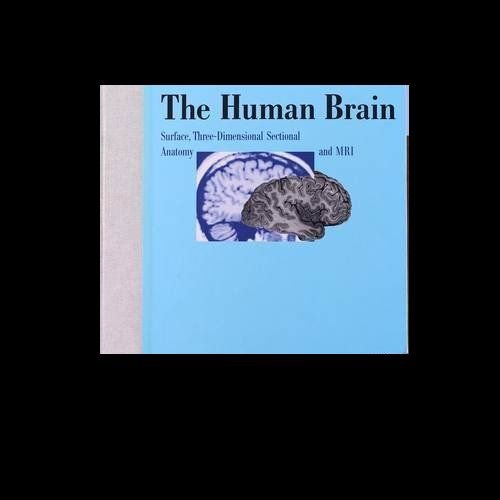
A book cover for The Human Brain: Surface, Three-Dimensional Sectional Anatomy and Mri; Henri M. Duvernoy; Medical Books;